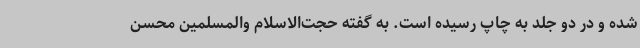
شده و در دو جلد به چاپ رسیده است. به گفته حجت‌الاسلام والمسلمین محسن